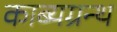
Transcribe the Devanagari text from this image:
काब्यग्रन्थ